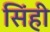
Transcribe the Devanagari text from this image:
सिंही